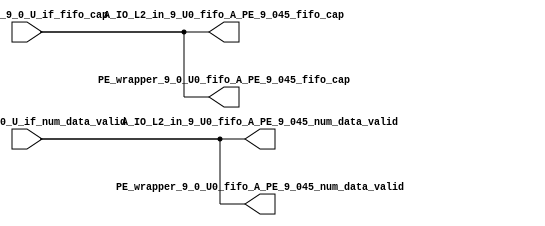
// ==================================================
// RTL generated by RapidStream
//
// Copyright 2024 RapidStream Design Automation, Inc.
// All Rights Reserved.
// ==================================================
`timescale 1 ns / 1 ps
module __rs_kernel3_aux_split_aux_24 #(
    parameter C_S_AXI_CONTROL_DATA_WIDTH  = 32,
    parameter C_S_AXI_CONTROL_ADDR_WIDTH  = 6,
    parameter C_S_AXI_DATA_WIDTH          = 32,
    parameter C_M_AXI_GMEM_A_ID_WIDTH     = 1,
    parameter C_M_AXI_GMEM_A_ADDR_WIDTH   = 64,
    parameter C_M_AXI_GMEM_A_DATA_WIDTH   = 512,
    parameter C_M_AXI_GMEM_A_AWUSER_WIDTH = 1,
    parameter C_M_AXI_GMEM_A_ARUSER_WIDTH = 1,
    parameter C_M_AXI_GMEM_A_WUSER_WIDTH  = 1,
    parameter C_M_AXI_GMEM_A_RUSER_WIDTH  = 1,
    parameter C_M_AXI_GMEM_A_BUSER_WIDTH  = 1,
    parameter C_M_AXI_GMEM_A_USER_VALUE   = 0,
    parameter C_M_AXI_GMEM_A_PROT_VALUE   = 0,
    parameter C_M_AXI_GMEM_A_CACHE_VALUE  = 3,
    parameter C_M_AXI_DATA_WIDTH          = 32,
    parameter C_M_AXI_GMEM_B_ID_WIDTH     = 1,
    parameter C_M_AXI_GMEM_B_ADDR_WIDTH   = 64,
    parameter C_M_AXI_GMEM_B_DATA_WIDTH   = 512,
    parameter C_M_AXI_GMEM_B_AWUSER_WIDTH = 1,
    parameter C_M_AXI_GMEM_B_ARUSER_WIDTH = 1,
    parameter C_M_AXI_GMEM_B_WUSER_WIDTH  = 1,
    parameter C_M_AXI_GMEM_B_RUSER_WIDTH  = 1,
    parameter C_M_AXI_GMEM_B_BUSER_WIDTH  = 1,
    parameter C_M_AXI_GMEM_B_USER_VALUE   = 0,
    parameter C_M_AXI_GMEM_B_PROT_VALUE   = 0,
    parameter C_M_AXI_GMEM_B_CACHE_VALUE  = 3,
    parameter C_M_AXI_GMEM_C_ID_WIDTH     = 1,
    parameter C_M_AXI_GMEM_C_ADDR_WIDTH   = 64,
    parameter C_M_AXI_GMEM_C_DATA_WIDTH   = 512,
    parameter C_M_AXI_GMEM_C_AWUSER_WIDTH = 1,
    parameter C_M_AXI_GMEM_C_ARUSER_WIDTH = 1,
    parameter C_M_AXI_GMEM_C_WUSER_WIDTH  = 1,
    parameter C_M_AXI_GMEM_C_RUSER_WIDTH  = 1,
    parameter C_M_AXI_GMEM_C_BUSER_WIDTH  = 1,
    parameter C_M_AXI_GMEM_C_USER_VALUE   = 0,
    parameter C_M_AXI_GMEM_C_PROT_VALUE   = 0,
    parameter C_M_AXI_GMEM_C_CACHE_VALUE  = 3,
    parameter C_S_AXI_CONTROL_WSTRB_WIDTH = 4,
    parameter C_S_AXI_WSTRB_WIDTH         = 4,
    parameter C_M_AXI_GMEM_A_WSTRB_WIDTH  = 64,
    parameter C_M_AXI_WSTRB_WIDTH         = 4,
    parameter C_M_AXI_GMEM_B_WSTRB_WIDTH  = 64,
    parameter C_M_AXI_GMEM_C_WSTRB_WIDTH  = 64
) (
    output wire [1:0] A_IO_L2_in_9_U0_fifo_A_PE_9_045_fifo_cap,
    output wire [1:0] A_IO_L2_in_9_U0_fifo_A_PE_9_045_num_data_valid,
    output wire [1:0] PE_wrapper_9_0_U0_fifo_A_PE_9_045_fifo_cap,
    output wire [1:0] PE_wrapper_9_0_U0_fifo_A_PE_9_045_num_data_valid,
    input wire  [1:0] fifo_A_PE_9_0_U_if_fifo_cap,
    input wire  [1:0] fifo_A_PE_9_0_U_if_num_data_valid
);
assign A_IO_L2_in_9_U0_fifo_A_PE_9_045_fifo_cap = fifo_A_PE_9_0_U_if_fifo_cap;
assign A_IO_L2_in_9_U0_fifo_A_PE_9_045_num_data_valid = fifo_A_PE_9_0_U_if_num_data_valid;
assign PE_wrapper_9_0_U0_fifo_A_PE_9_045_fifo_cap = fifo_A_PE_9_0_U_if_fifo_cap;
assign PE_wrapper_9_0_U0_fifo_A_PE_9_045_num_data_valid = fifo_A_PE_9_0_U_if_num_data_valid;
endmodule